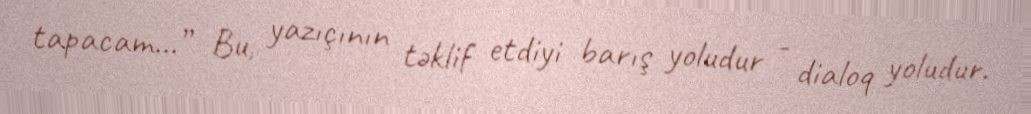
tapacam...” Bu, yazıçının təklif etdiyi barış yoludur - dialoq yoludur.